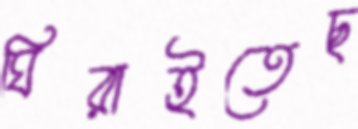
ঘিরাইতেছ